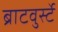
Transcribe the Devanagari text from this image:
ब्राटवुर्स्टे